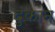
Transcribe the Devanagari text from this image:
दुकान